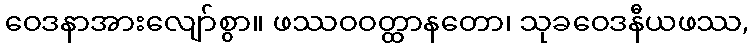
ဝေဒနာအားလျော်စွာ။ ဖဿဝဝတ္ထာနတော၊ သုခဝေဒနီယဖဿ,